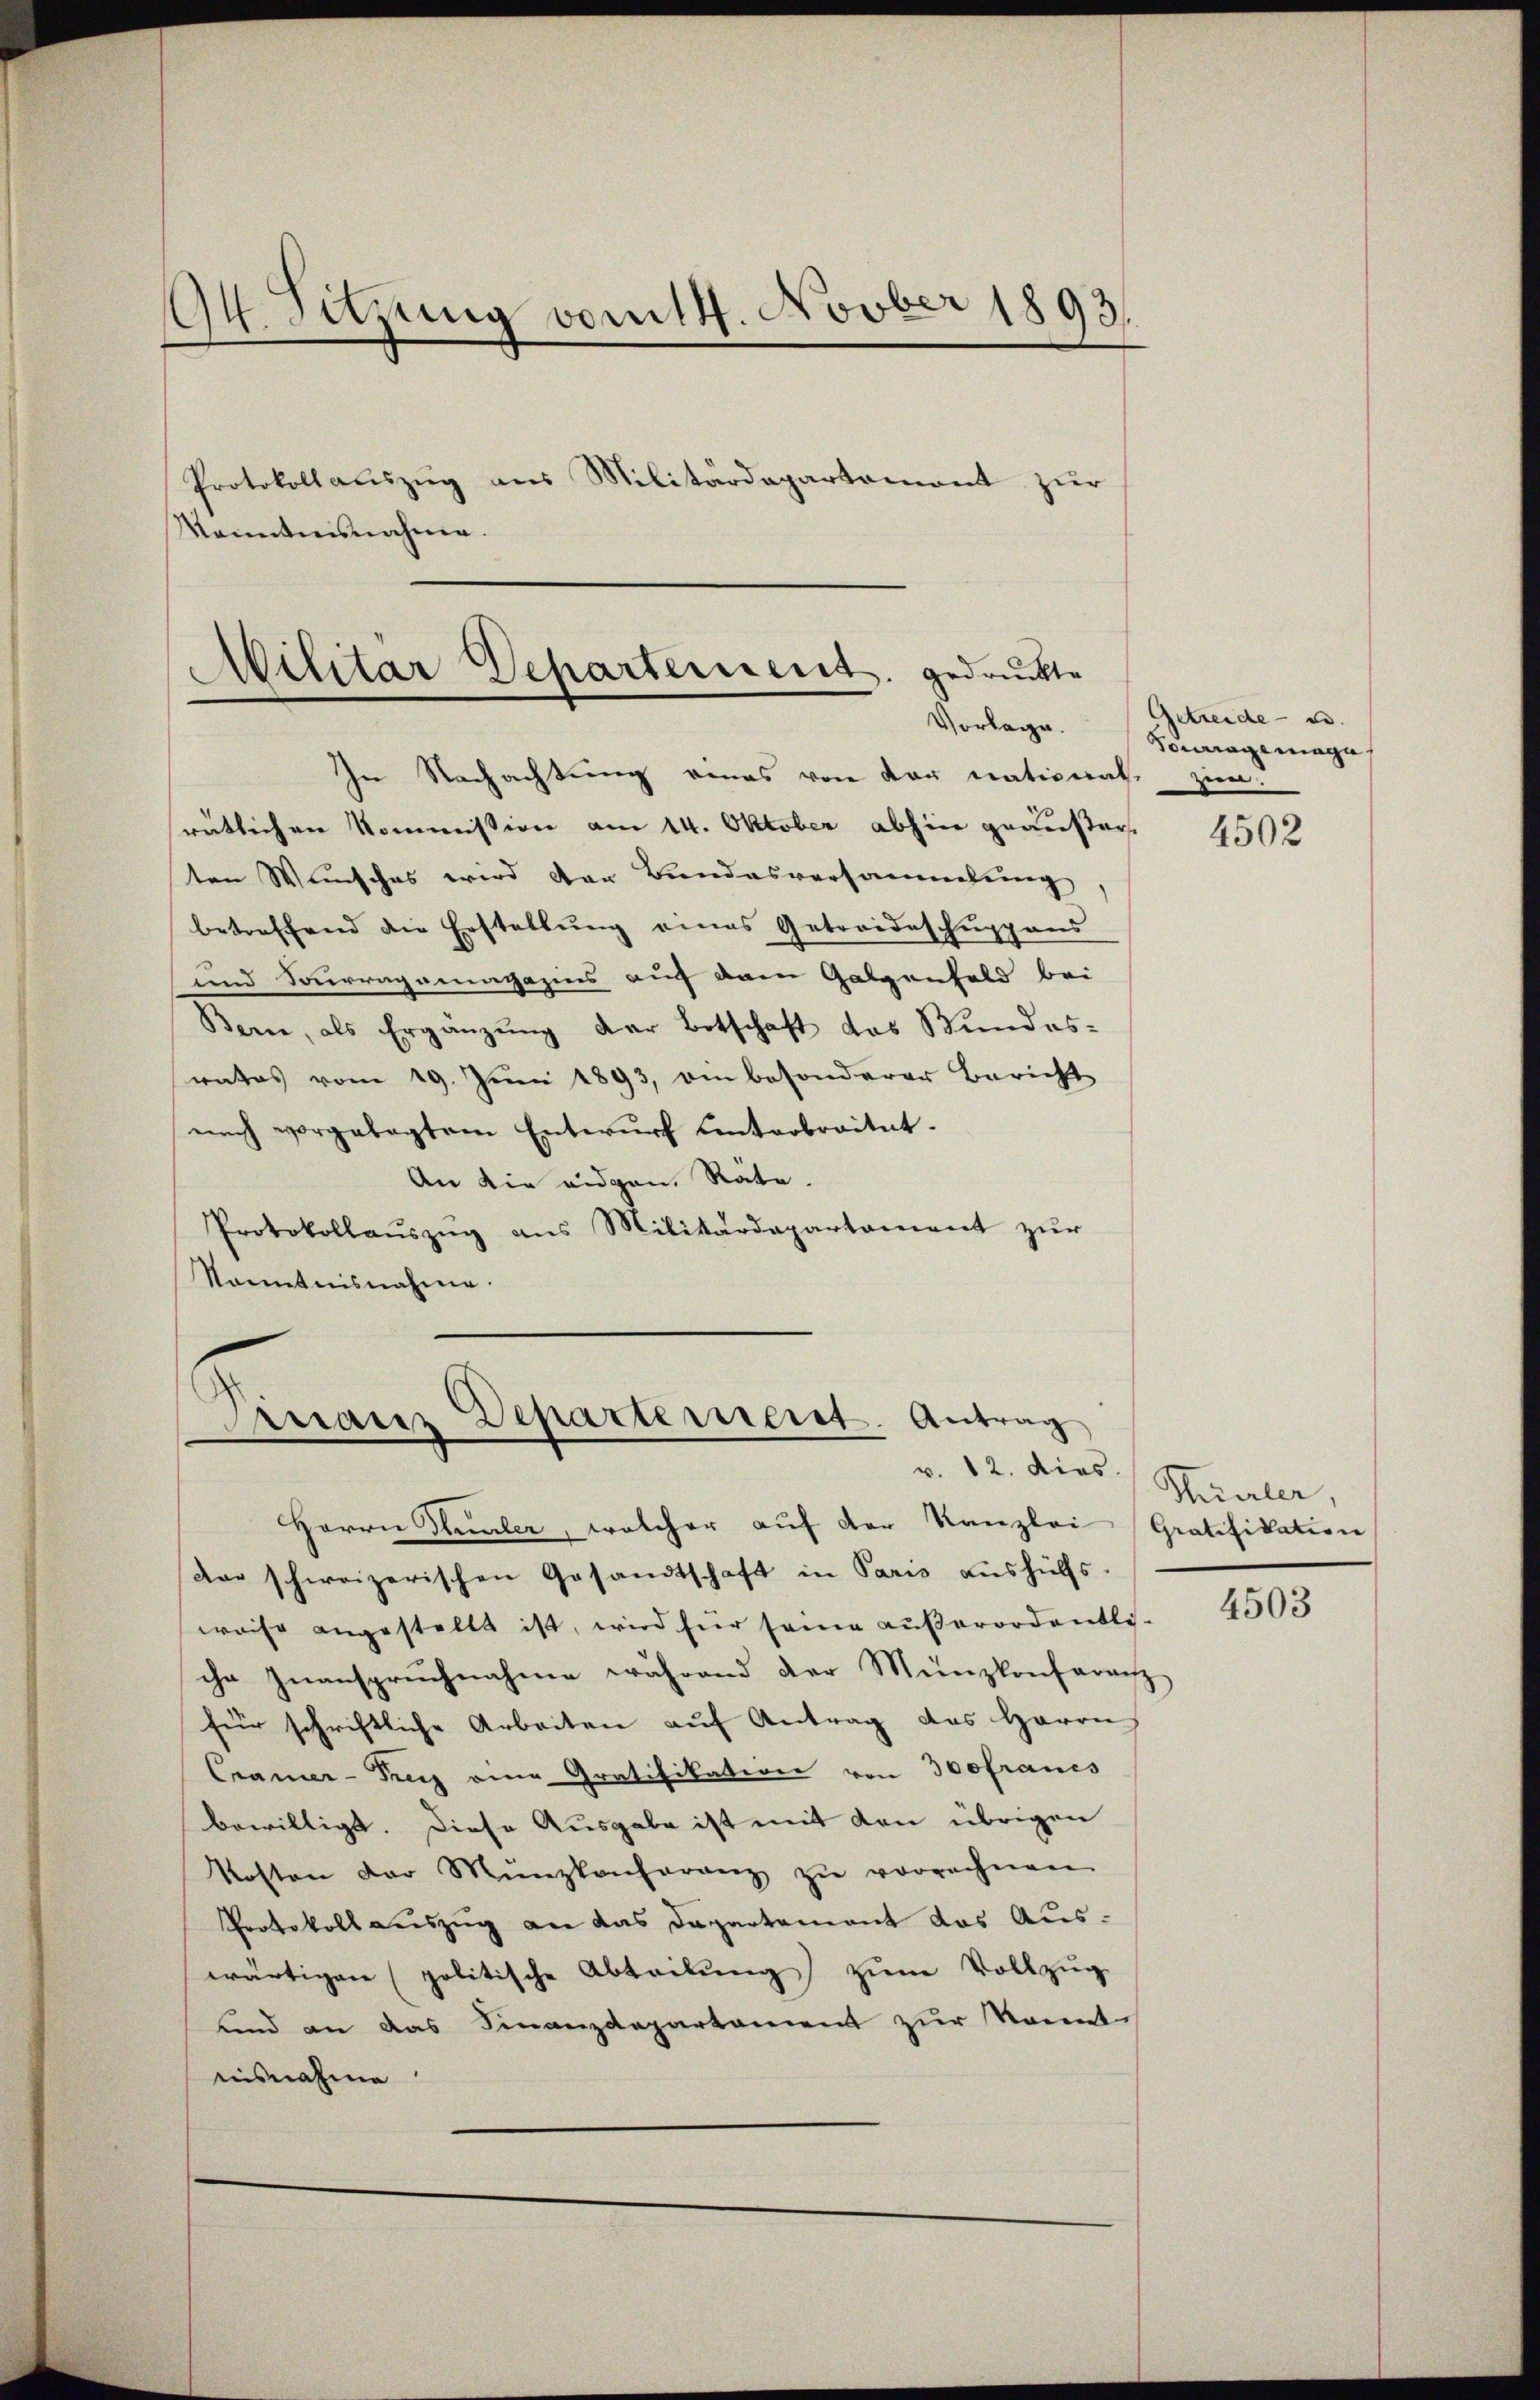
94. Sitzung vom 14. Novber 1893.
Protokollauszug aus Militärdepartemont zur
Manntnisnahme.
Militär Departement, gedruckte
Vorlage.

In Nachachtung eines von der nationate zum
srätlichen Kommission am 14. Oktober abhin geäußer
ten Wunsches wird den Bundesversammlung
betreffend die Erstellŭng eines Getreideschŭppens
und Sorraganmagazins auf dem Galzenfeld bei
Bern, als Ergänzŭng der Botschaft das Bundes-
rates vom 19. Jŭni 1893, ein besonderer Bericht
nach vorgelegtem Entwurf unterbreitet.
An die eigen Räte.
Protokollaŭszŭg ans Militärdepartament zŭr
Kenntnisnahme.

Finanz Departerieret. Antrag
v. 12. dies

Herrn Theiler, welcher auf der Kanzlei Gratifikation
dre schweizerischen Gesandtschaft in Paris aushülfs.
weise angestellt ist, wird für seine aŭβerordentli-
che Inanspruchnahme während der Münzkonfaranz
für schriftliche Arbeiten aŭf Antrag des Herrn
Cramer-Prey eine Gratifikation von 300francs
bewilligt. Diese Ausgabe ist mit den übrigen
Kosten der Münzkonferenz zŭ verrechnen
Protokoll auszug an das Departement das Auswärtigen (politische Abteilŭng zŭm Vollzŭg
Kind an das Finanzdepartament zur konnte
nisnahme

Getreide u.
Fourage möge

4502

Thirler

4503